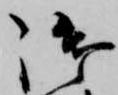
御